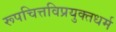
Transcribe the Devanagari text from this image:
रूपचित्तविप्रयुक्तधर्म